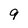
Character: 9